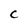
Character: C